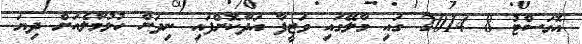
އޮގަސްޓު 8 2014 ގައި މާލޭގައި ވަޒީފާ އަދާކޮށްފައި ނިދަން ހުޅުމާލެއަށް ދިޔަ